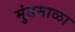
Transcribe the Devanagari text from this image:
मुंडमाळा